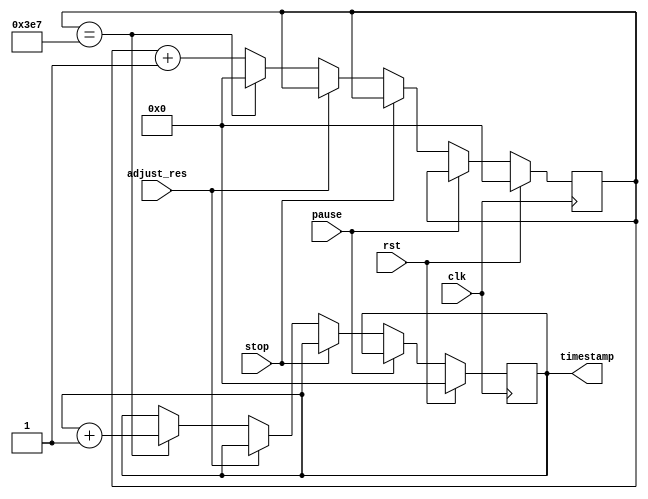
module time_stamp_timer (
    input wire clk,
    input wire rst,
    input wire pause,
    input wire stop,
    input wire adjust_res,
    
    output reg [31:0] timestamp
);

reg [31:0] count;
reg [31:0] timestamp_reg;

always @(posedge clk) begin
    if (rst) begin
        count <= 0;
        timestamp_reg <= 0;
    end else if (pause) begin
        // do nothing
    end else if (stop) begin
        timestamp_reg <= timestamp_reg;
    end else if (adjust_res) begin
        // adjust timestamp resolution
    end else begin
        count <= count + 1;
        if (count == 999) begin
            count <= 0;
            timestamp_reg <= timestamp_reg + 1;
        end
    end
end

assign timestamp = timestamp_reg;

endmodule